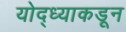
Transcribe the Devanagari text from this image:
योद्ध्याकडून